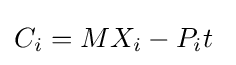
C_{i}=MX_{i}-P_{i}t~